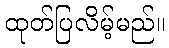
ထုတ်ပြလိမ့်မည်။